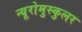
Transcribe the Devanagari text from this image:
न्यूरोमुस्कुलर